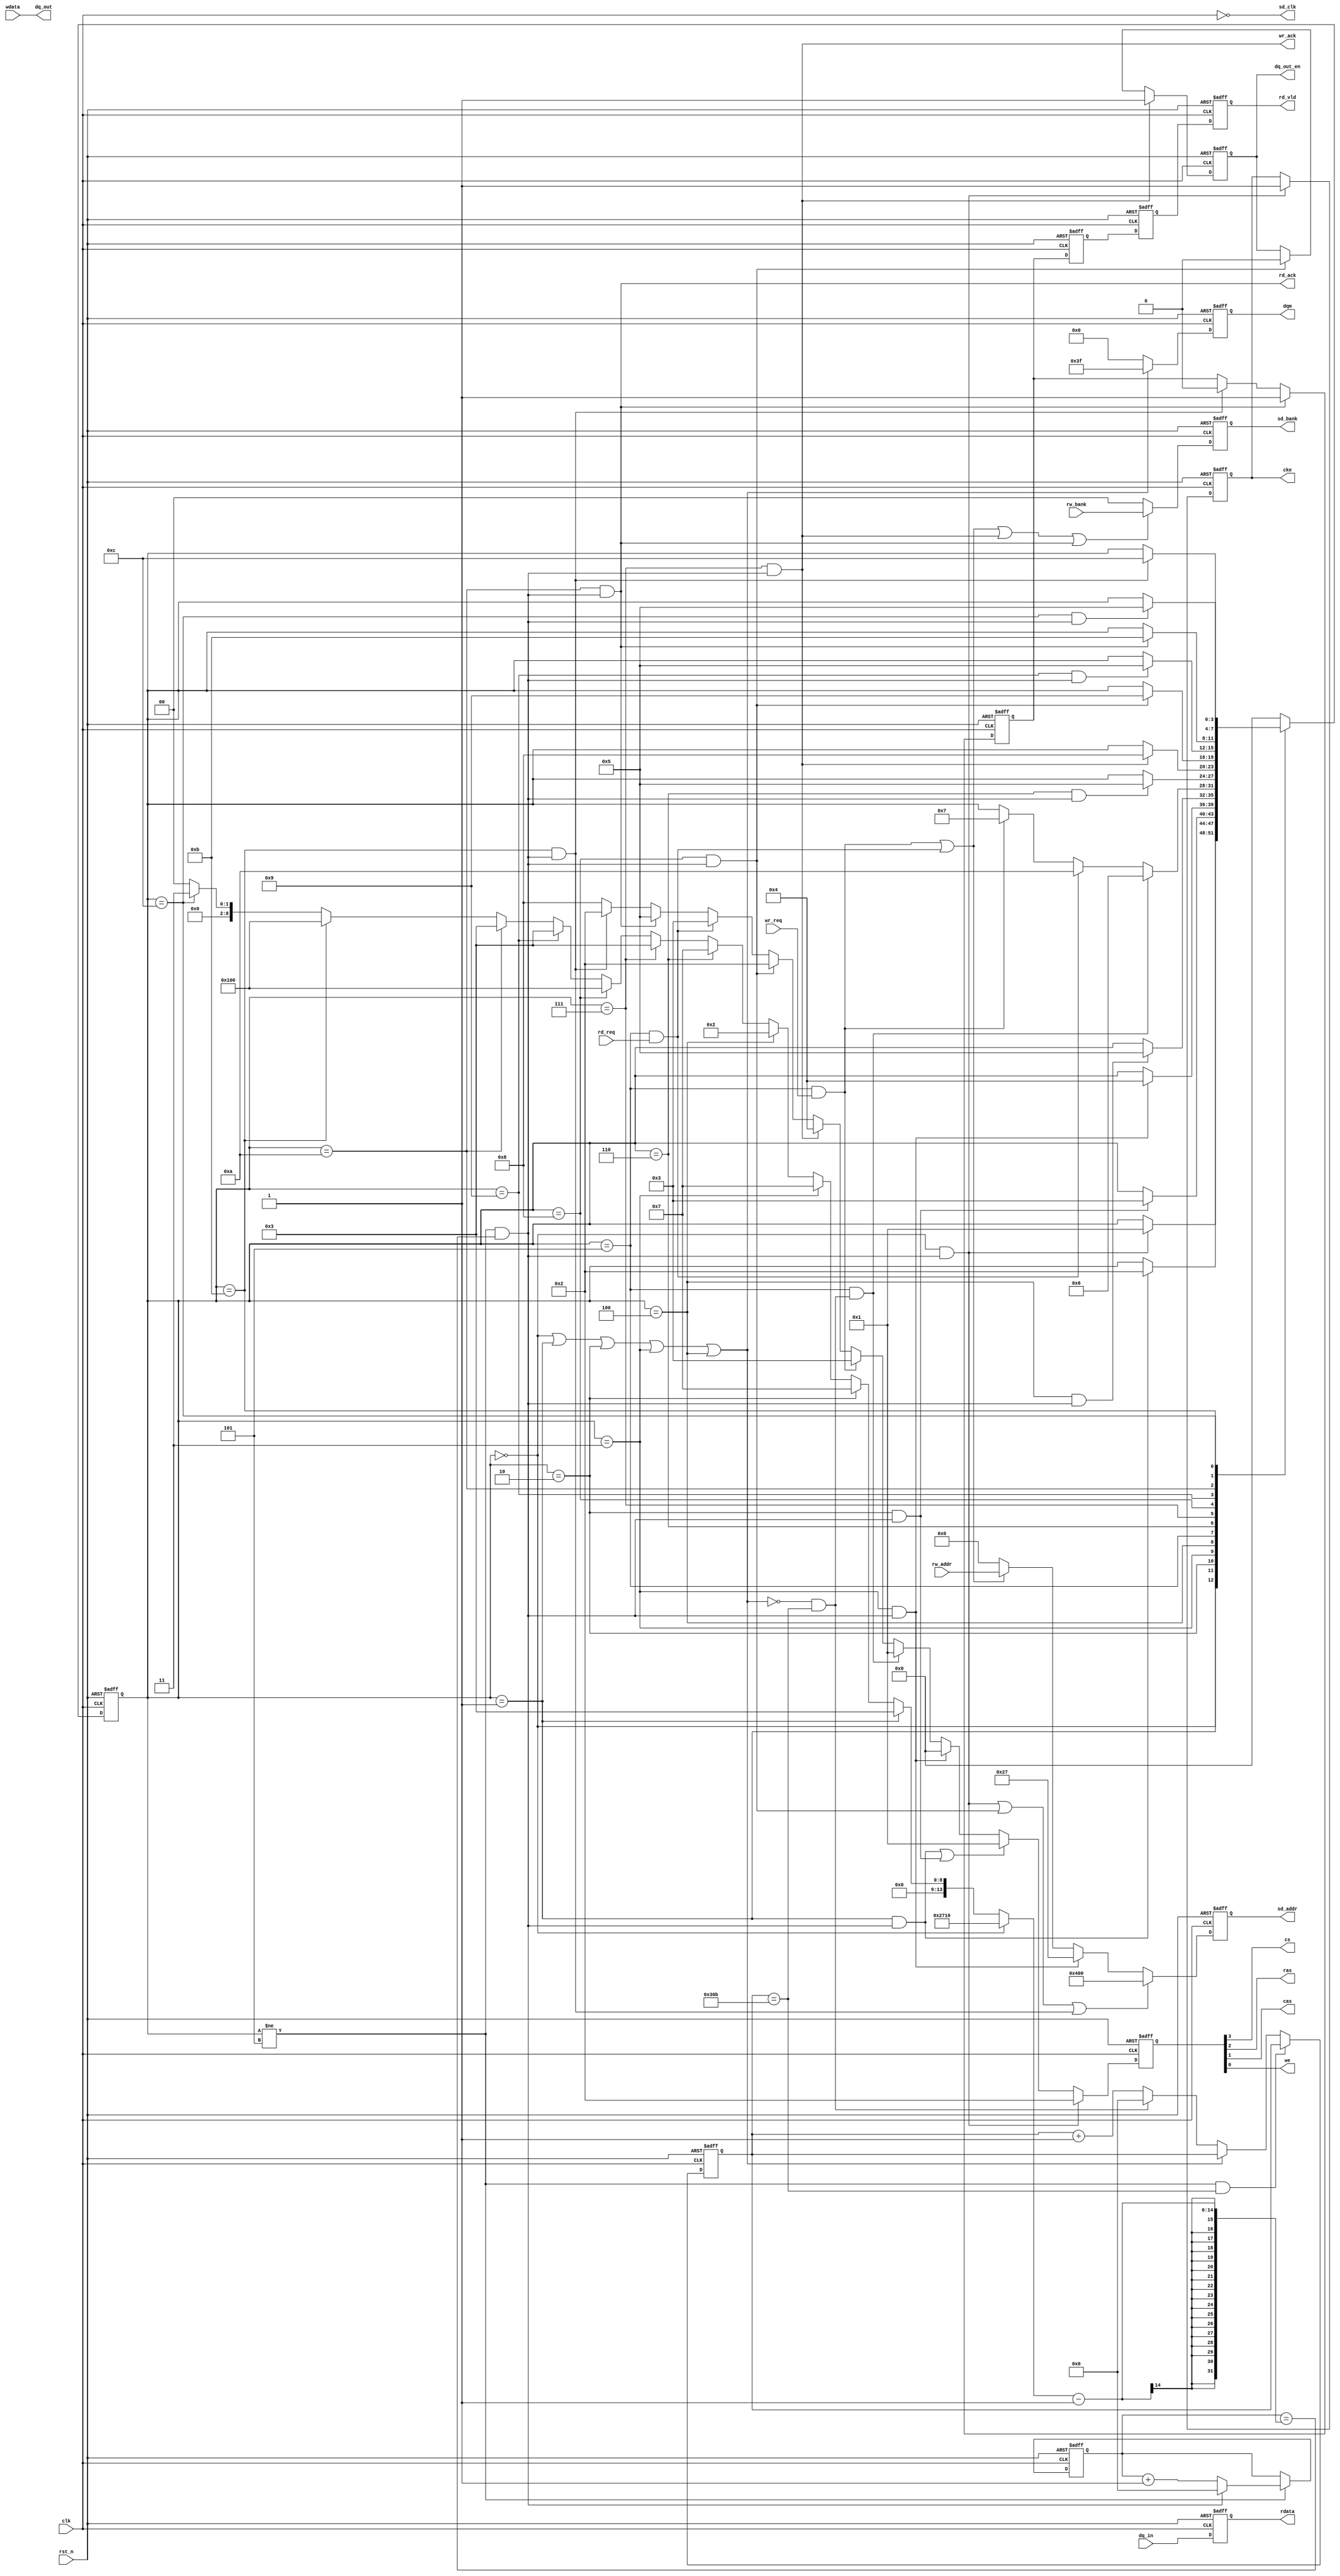
module sdram(
        clk    ,
        rst_n  ,

        rw_addr ,//
        rw_bank ,//bank

        wdata   ,//
        wr_ack  ,//
        wr_req  ,//

        rd_vld  ,//
        rdata   ,//
        rd_ack  ,//
        rd_req  ,//
 
        sd_clk  ,
        cke     ,
        cs      ,
        ras     ,
        cas     ,
        we      ,
        dqm     ,
        sd_addr ,
        sd_bank ,
        
        dq_in   ,
        dq_out  ,
        dq_out_en
    );
    
    //
    //
    // rw_addr 0-4095   bank(rw_bank)  256
    //wr_req
    //wr_ackwr_req256wdata

    //
    //rw_addr 0-4095   bank(rw_bank)  256
    //rd_req
    //rd_ackrd_req
    //rd_vld = 1 




    //256
    //
    //  >  > 

    //1562   PRECHARGE_CMD 
    //1300    PRECHARGE_CMD  1300 + 256 = 1556  < 1562

    /*
    35
    1100us

    2 
        PRECHARGE_CMD
        CKE = 1         //
        ALL_BANK
        delay(TIME_TRP)

    3 
        AUTOREREF_CMD
        delay(TIME_TRC)

    4 
        AUTOREREF_CMD
        delay(TIME_TRC)

    5
        MODE_CMD
        CODE        //
        delay(TIME_TMRD)
    
    */

    /*
     256
    1
        ACTIVE_CMD
        sd_addr <= rw_addr //0-4095
        sd_bank <= rw_bank //bank0-3
        delay(TIME_TRCD)

    2 
        WRITE_CMD
        sd_addr <= 0 //  0
        sd_bank <= rw_bank //bank0-3 bank

    3255

    4  
        PRECHARGE_CMD
        ALL_BANK
        delay(TIME_TRP)
    
    */

    /*
     256
    22
    1
        ACTIVE_CMD
        sd_addr <= rw_addr //0-4095
        sd_bank <= rw_bank //bank0-3
        delay(TIME_TRCD)

    2 
        READ_CMD
        sd_addr <= 0 //  0
        sd_bank <= rw_bank //bank0-3 bank
        delay(2 clk) //2   


    3256

    4  
        PRECHARGE_CMD
        ALL_BANK
        delay(TIME_TRP)
    
    */

    /*
    
    1
        AUTOREREF_CMD
        delay(TIME_TRC)
    */



    // 100MHZ 10ns
    //
    parameter TIME_100US    = 10_000    ;   // > 100us
    parameter TIME_TRP      = 3         ;   // > 20ns
    parameter TIME_TRC      = 7         ;   // > 63ns
    parameter TIME_TMRD     = 2         ;   // = 2
    parameter TIME_TRCD     = 3         ;   //
    parameter TIME_1300     = 780       ;   //
    parameter TIMER_PAGE    = 256       ;   //

    //7
    //
    parameter NOP_CMD       = 4'b1000   ;//NOP
    parameter PRECHARGE_CMD = 4'b0010   ;//
    parameter AUTOREREF_CMD = 4'b0001   ;//
    parameter MODE_CMD      = 4'b0000   ;//
    parameter ACTIVE_CMD    = 4'b0011   ;// 
    parameter WRITE_CMD     = 4'b0100   ;//
    parameter READ_CMD      = 4'b0101   ;//

    //
    parameter  ALL_BANK     = 12'b01_0_00_000_0_000;
    parameter  CODE         = 12'b00_0_00_010_0_111;


    //
    parameter   INIT_NOP    = 4'd0      ;//100us
    parameter   INIT_CHARGE = 4'd1      ;//
    parameter   INIT_REF1   = 4'd2      ;// 
    parameter   INIT_REF2   = 4'd3      ;// 
    parameter   INIT_MODE   = 4'd4      ;//
    parameter   ST_IDLE     = 4'd5      ;//
    parameter   ST_REF      = 4'd6      ;//
    parameter   WR_ACTIVE   = 4'd7      ; 
    parameter   WR_WRITE    = 4'd8      ; 
    parameter   WR_CHARGE   = 4'd9      ;
    parameter   RD_ACTIVE   = 4'd10     ; 
    parameter   RD_READ     = 4'd11     ; 
    parameter   RD_CHARGE   = 4'd12     ;


    //
    input                       clk     ;
    input                       rst_n   ;
    input       [11:0]          rw_addr ;//0-4095
    input       [47:0]          wdata   ;
    input       [47:0]          dq_in   ;//SDRAM

    input                       rd_req  ;
    input                       wr_req  ;
    input       [1:0]           rw_bank ;
 


    //
    output                      sd_clk  ;//SDRAM  
    output      [47:0]          dq_out  ;//SDRAM
    output                      dq_out_en;
    output                      cke     ;
    output                      cs      ;
    output                      ras     ;
    output                      cas     ;
    output                      we      ;
    output      [5:0]           dqm     ;
    output      [11:0]          sd_addr ;
    output      [1:0]           sd_bank ;

    output                      wr_ack  ;
    output                      rd_ack  ;
    output      [47:0]          rdata   ;
    output                      rd_vld  ;

    //reg
    reg                         sd_clk  ;//SDRAM  
    reg         [47:0]          dq_out  ;//SDRAM
    reg                         dq_out_en;
    reg                         cke     ;
    reg                         cs      ;
    reg                         ras     ;
    reg                         cas     ;
    reg                         we      ;
    reg         [5:0]           dqm     ;
    reg         [11:0]          sd_addr ;
    reg         [1:0]           sd_bank ;

    reg                         wr_ack  ;
    reg                         rd_ack  ;
    reg         [47:0]          rdata   ;
    reg                         rd_vld  ;





    wire    nop_2_charge_start          ;
    wire    charge_2_ref0_start         ;
    wire    ref1_2_ref2_start           ;
    wire    ref2_2_mode_start           ;
    wire    mode_2_idle_start           ;
    wire    idle_2_ref_start            ;
    wire    ref_2_idle_start            ;
    wire    idle_2_wr_active_start      ;
    wire    wr_active_2_wr_write_start  ;
    wire    wr_write_2_wr_charge_start  ;
    wire    wr_charge_2_idle_start      ;

    wire   idle_2_rd_active_start       ;
    wire   rd_active_2_rd_read_start    ;
    wire   rd_read_2_rd_charge_start    ;
    wire   rd_charge_2_idle_start       ;
    

    //
    reg         [3:0]       state_c     ;
    reg         [3:0]       state_n     ;

    wire                    add_cnt0    ;
    wire                    end_cnt0    ;
    reg         [13:0]      cnt0        ;

    wire                    add_cnt1    ;
    wire                    end_cnt1    ;
    reg         [13:0]      cnt1        ;

    reg         [13:0]      x           ;

    reg                     rd_vld_ff0  ;
    reg                     rd_vld_ff1  ;
    reg                     rd_vld_ff2  ;   

    wire                    wdata_en    ;

    wire                    wait_ref    ;

    wire                    init_state  ;

    reg         [3:0]       command     ;



    //SDRAM 
    always  @(*)begin
        //
        sd_clk = ~clk;//SDRAM180
    end



    //
    //always(
    always@(posedge clk or negedge rst_n)begin
        if(!rst_n)begin
            state_c <= INIT_NOP;
        end
        else begin
            state_c <= state_n;
        end
    end

    //always
    always@(*)begin
        case(state_c)
            /***************************   ********************************/
            INIT_NOP:begin
                if(nop_2_charge_start)begin //100us
                    state_n = INIT_CHARGE;
                end
                else begin
                    state_n = state_c;
                end
            end

            INIT_CHARGE:begin //
                if(charge_2_ref0_start)begin
                    state_n = INIT_REF1;
                end
                else begin
                    state_n = state_c;
                end
            end

            INIT_REF1:begin // 
                if(ref1_2_ref2_start)begin
                    state_n = INIT_REF2;
                end
                else begin
                    state_n = state_c;
                end
            end

            INIT_REF2:begin // 
                if(ref2_2_mode_start)begin
                    state_n = INIT_MODE;
                end
                else begin
                    state_n = state_c;
                end
            end

            INIT_MODE:begin //
                if(mode_2_idle_start)begin
                    state_n = ST_IDLE;
                end
                else begin
                    state_n = state_c;
                end
            end

            /***************************   ********************************/
            ST_IDLE:begin //
                if(idle_2_ref_start)begin // 
                    state_n = ST_REF;
                end
                else if (idle_2_rd_active_start) begin // _
                    state_n = RD_ACTIVE;
                end
                else if (idle_2_wr_active_start) begin // _
                    state_n = WR_ACTIVE;
                end

                else begin
                    state_n = state_c;
                end
            end

            /***************************   ********************************/
            ST_REF:begin //
                if(ref_2_idle_start)begin
                    state_n = ST_IDLE;
                end
                else begin
                    state_n = state_c;
                end
            end

            /***************************   ********************************/
            WR_ACTIVE:begin //_ 
                if(wr_active_2_wr_write_start)begin
                    state_n = WR_WRITE;
                end
                else begin
                    state_n = state_c;
                end
            end

            WR_WRITE:begin //_
                if(wr_write_2_wr_charge_start)begin
                    state_n = WR_CHARGE;
                end
                else begin
                    state_n = state_c;
                end
            end
            
            WR_CHARGE:begin //_ 
                if(wr_charge_2_idle_start)begin
                    state_n = ST_IDLE;
                end
                else begin
                    state_n = state_c;
                end
            end
            
            /***************************   ********************************/
            RD_ACTIVE:begin //_ 
                if(rd_active_2_rd_read_start)begin
                    state_n = RD_READ;
                end
                else begin
                    state_n = state_c;
                end
            end

            RD_READ:begin //_
                if(rd_read_2_rd_charge_start)begin
                    state_n = RD_CHARGE;
                end
                else begin
                    state_n = state_c;
                end
            end

            RD_CHARGE:begin //_ 
                if(rd_charge_2_idle_start)begin
                    state_n = ST_IDLE;
                end
                else begin
                    state_n = state_c;
                end
            end



            default:begin
                state_n = INIT_NOP;
            end
        endcase
    end
    //
    /***************************   ********************************/
    assign nop_2_charge_start           = state_c==INIT_NOP     && end_cnt0;//100us
    assign charge_2_ref0_start          = state_c==INIT_CHARGE  && end_cnt0;//
    assign ref1_2_ref2_start            = state_c==INIT_REF1    && end_cnt0;// 
    assign ref2_2_mode_start            = state_c==INIT_REF2    && end_cnt0;// 
    assign mode_2_idle_start            = state_c==INIT_MODE    && end_cnt0;//

    /***************************   ********************************/
    assign idle_2_ref_start             = state_c==ST_IDLE      && end_cnt1;//  
    assign idle_2_wr_active_start       = state_c==ST_IDLE      && wr_req  ;//  
    assign idle_2_rd_active_start       = state_c == ST_IDLE    && rd_req  ;//  

    /***************************   ********************************/
    assign ref_2_idle_start             = state_c==ST_REF       && end_cnt0;//

    /***************************   ********************************/
    assign wr_active_2_wr_write_start   = state_c == WR_ACTIVE  && end_cnt0;//
    assign wr_write_2_wr_charge_start   = state_c == WR_WRITE   && end_cnt0;
    assign wr_charge_2_idle_start       = state_c == WR_CHARGE  && end_cnt0;

    /***************************   ********************************/
    assign rd_active_2_rd_read_start    = state_c == RD_ACTIVE  && end_cnt0;
    assign rd_read_2_rd_charge_start    = state_c == RD_READ    && end_cnt0;
    assign rd_charge_2_idle_start       = state_c == RD_CHARGE  && end_cnt0;

    always @(posedge clk or negedge rst_n)begin
        if(!rst_n)begin
            cnt0 <= 0;
        end
        else if(add_cnt0)begin
            if(end_cnt0)
                cnt0 <= 0;
            else
                cnt0 <= cnt0 + 1;
        end
    end
    assign add_cnt0 = state_c != ST_IDLE;
    assign end_cnt0 = add_cnt0 && cnt0 == x - 1;

    // 
    always  @(*)begin
        /***************************   ********************************/
        if(state_c == INIT_NOP)begin
            x = TIME_100US;
        end
        else if(state_c == INIT_CHARGE)begin
            x = TIME_TRP;
        end
        else if(state_c == INIT_REF1)begin
            x = TIME_TRC;
        end
        else if(state_c == INIT_REF2)begin
            x = TIME_TRC;
        end
        else if(state_c == INIT_MODE)begin
            x = TIME_TMRD;
        end


        /***************************   ********************************/
        else if(state_c == ST_REF)begin
            x = TIME_TRC;
        end

         /***************************   ********************************/
        else if(state_c == WR_ACTIVE)begin
            x = TIME_TRCD;
        end
        else if(state_c == WR_WRITE)begin
            x = TIMER_PAGE;//256
        end
        else if(state_c == WR_CHARGE)begin
            x = TIME_TRP;
        end

        /***************************   ********************************/
        else if(state_c == RD_ACTIVE)begin
            x = TIME_TRCD;
        end
        else if(state_c == RD_READ)begin
            x = TIMER_PAGE;//256
        end
        else if(state_c == RD_CHARGE)begin
            x = TIME_TRP;
        end

        else begin
            x = 0;
        end
    end
    

    // 
    always @(posedge clk or negedge rst_n)begin
        if(!rst_n)begin
            cnt1 <= 0;
        end
        else if(wait_ref)begin//
            cnt1 <= cnt1;
        end
        else if(add_cnt1)begin
            if(end_cnt1)
                cnt1 <= 0;
            else
                cnt1 <= cnt1 + 1;
        end
    end
    assign add_cnt1 = !init_state;//
    assign end_cnt1 = add_cnt1 && cnt1 == TIME_1300 - 1;
    // end_cnt   
    assign wait_ref = state_c != ST_IDLE && cnt1 == TIME_1300 - 1;
    
    //
    assign init_state = state_c==INIT_NOP || state_c==INIT_CHARGE || state_c==INIT_REF1 || state_c==INIT_REF2 || state_c==INIT_MODE;


    //cke
    //100us
    always  @(posedge clk or negedge rst_n)begin
        if(rst_n==1'b0)begin
            cke <= 1'b0;
        end
        else if(nop_2_charge_start)begin
            cke <= 1'b1;
        end
    end


    //CS RAS CAS WE 4
    always  @(*)begin
        {cs , ras , cas , we} = command;
    end

    always  @(posedge clk or negedge rst_n)begin
        if(rst_n==1'b0)begin
            command <= NOP_CMD;
        end
        /***************************   ********************************/
        else if(nop_2_charge_start)begin
            command <= PRECHARGE_CMD;//
        end
        else if(charge_2_ref0_start || ref1_2_ref2_start)begin
            command <= AUTOREREF_CMD;//
        end
        else if(ref2_2_mode_start)begin
            command <= MODE_CMD;//
        end

        /***************************   ********************************/
        else if(idle_2_ref_start)begin
            command <= AUTOREREF_CMD;//
        end

        /***************************   ********************************/
        else if(idle_2_wr_active_start)begin
            command <= ACTIVE_CMD;// 
        end
        else if(wr_active_2_wr_write_start)begin
            command <= WRITE_CMD;// 
        end
        else if(wr_write_2_wr_charge_start)begin
            command <= PRECHARGE_CMD;//  //
        end

        /***************************   ********************************/
        else if(idle_2_rd_active_start)begin
            command <= ACTIVE_CMD;// 
        end
        else if(rd_active_2_rd_read_start)begin
            command <= READ_CMD;// 
        end
        else if(rd_read_2_rd_charge_start)begin
            command <= PRECHARGE_CMD;//  //
        end


        else begin
            command <= NOP_CMD;
        end
    end
    
    //dqm = {LDQM , UDQM}
    //dqm 
    //
    always  @(posedge clk or negedge rst_n)begin
        if(rst_n==1'b0)begin
            dqm <= 0;
        end
        else if(init_state)begin
            dqm <= 6'b111111;
        end
        else begin
            dqm <= 6'b000000;
        end
    end


    // 
    //35
    always  @(posedge clk or negedge rst_n)begin
        if(rst_n==1'b0)begin
            sd_addr <= 0;
        end
        else if(nop_2_charge_start || wr_write_2_wr_charge_start || rd_read_2_rd_charge_start)begin
            sd_addr <= ALL_BANK;//A10==1 bankbank
        end
        else if(ref2_2_mode_start)begin
            sd_addr <= CODE;//CODE==000_0_00_010_0_111burstLatancy=2
            //00    
            //1     
            //00    
            //010   2
            //0     --
            //111   
        end
        else if (idle_2_wr_active_start || idle_2_rd_active_start) begin
            sd_addr <= rw_addr;// 1bank 0- 4096
        end 
        else begin
            sd_addr <= 0;//0 0
        end
    end

    // 
    //  BANK
    //  BANK
    always  @(posedge clk or negedge rst_n)begin
        if(rst_n==1'b0)begin
            sd_bank <= 0;
        end
        else if(idle_2_wr_active_start || idle_2_rd_active_start || wr_active_2_wr_write_start || rd_active_2_rd_read_start)begin
            sd_bank <= rw_bank;
        end
        else
            sd_bank = 2'b00;
    end



    //wr_ack
    always  @(*)begin
        wr_ack = wr_active_2_wr_write_start;
    end

    //rd_ack
    always  @(*)begin
        rd_ack = rd_active_2_rd_read_start;
    end

    
    //rd_data
    always  @(posedge clk or negedge rst_n)begin
        if(rst_n==1'b0)begin
            rdata <= 0;
        end
        else begin
            rdata <= dq_in;
        end
    end
    
    //rd_vld
    always  @(posedge clk or negedge rst_n)begin
        if(rst_n==1'b0)begin
            rd_vld_ff0 <= 0;
        end
        else if(rd_active_2_rd_read_start)begin
            rd_vld_ff0 <= 1;
        end
        else if(rd_read_2_rd_charge_start)begin
            rd_vld_ff0 <= 0;
        end
    end
    
    //rdata_vld 3
    always  @(posedge clk or negedge rst_n)begin
        if(rst_n==1'b0)begin
            rd_vld_ff1 <= 0;
            rd_vld_ff2 <= 0;
            rd_vld     <= 0;
        end
        else begin
            rd_vld_ff1 <= rd_vld_ff0;
            rd_vld_ff2 <= rd_vld_ff1;
            rd_vld     <= rd_vld_ff2;
        end
    end
    
    //dq_out
    always  @(*)begin
        dq_out = wdata;
    end
    
    //
    always  @(posedge clk or negedge rst_n)begin
        if(rst_n==1'b0)begin
            dq_out_en <= 0;
        end
        else if(wr_active_2_wr_write_start)begin
            dq_out_en <= 1;
        end
        else if(wr_write_2_wr_charge_start)begin
            dq_out_en <= 0;
        end
    end


endmodule // sdram_init